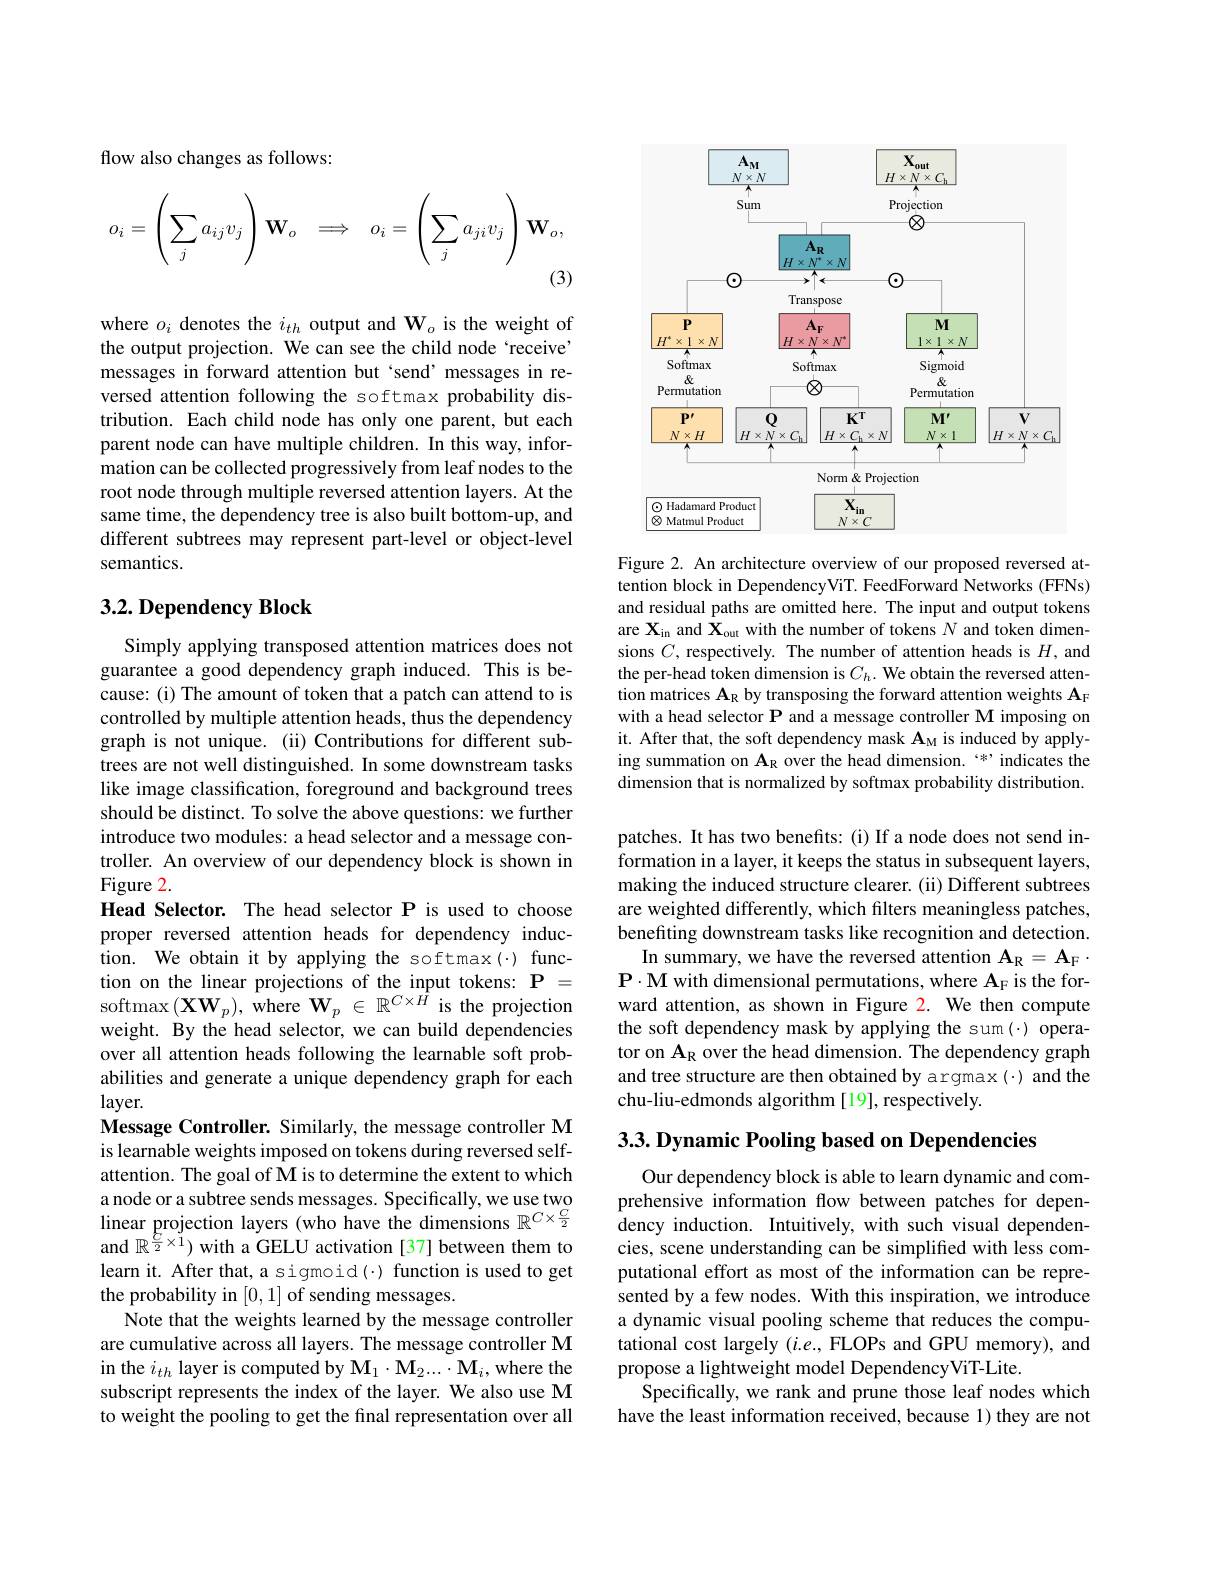
flow also changes as follows:
$$o_i=\left(\sum_ja_{ij}v_j\right)\mathbf{W}_o\quad\Longrightarrow\quad o_i=\left(\sum_ja_{ji}v_j\right)\mathbf{W}_o,$$
(3)

where $o_i$ denotes the $i_th$ output and $\mathbf{W}_o$ is the weight of the output projection. We can see the child node 'receive' messages in forward attention but `send’messages in reversed attention following the softmax probability distribution. Each child node has only one parent, but each parent node can have multiple children. In this way, information can be collected progressively from leaf nodes to the root node through multiple reversed attention layers. At the same time, the dependency tree is also built bottom-up, and different subtrees may represent part-level or object-level semantics.

## $3. 2. \textbf{Dependency Block}$

Simply applying transposed attention matrices does not guarantee a good dependency graph induced. This is because: (i) The amount of token that a patch can attend to is controlled by multiple attention heads, thus the dependency graph is not unique. (ii) Contributions for different subtrees are not well distinguished. In some downstream tasks like image classification, foreground and background trees should be distinct. To solve the above questions: we further introduce two modules: a head selector and a message controller. An overview of our dependency block is shown in Figure 2.
Head Selector. The head selector P is used to choose proper reversed attention heads for dependency induction. We obtain it by applying the softmax(·) function on the linear projections of the input tokens: $\mathbf{P}=$ softmax$(\mathbf{X}\mathbf{W}_{p})$,where $\mathbf{W}_{p}\in\mathbb{R}^{C\times\hat{H}}$ is the projection weight. By the head selector, we can build dependencies over all attention heads following the learnable soft probabilities and generate a unique dependency graph for each $layer.$
Message Controller. Similarly, the message controller M is learnable weights imposed on tokens during reversed selfattention. The goal of M is to determine the extent to which a node or a subtree sends messages. Specifically, we use two linear projection layers (who have the dimensions $\mathbb{R}^C\times\frac C2$ and $\mathbb{R}^{\frac{C}{2}\times1})$ with a GELU activation [37] between them to learn it. After that, a sigmoid(·) function is used to get the probability in [0,1] of sending messages.
Note that the weights learned by the message controller are cumulative across all layers. The message controller M in the $i_{th}$ layer is computed by $\mathbf{M}_1\cdot\mathbf{M}_2...\cdot\mathbf{M}_i$,where the subscript represents the index of the layer. We also use M to weight the pooling to get the final representation over all

<FigureHere>

Figure 2. An architecture overview of our proposed reversed attention block in DependencyViT. FeedForward Networks (FFNs) and residual paths are omitted here. The input and output tokens are $\mathbf{X}_{\mathrm{in}}$ and $\mathbf{X}_\mathrm{out}$ with the number of tokens $N$ and token dimensions $C$, respectively. The number of attention heads is $H$, and the per-head token dimension is $C_h.$ We obtain the reversed attention matrices AR by transposing the forward attention weights AF with a head selector P and a message controller M imposing on it. After that, the soft dependency mask $\mathbf{A}_{\mathrm{M}}$ is induced by applying summation on $\mathbf{A}_{\mathrm{R}}$ over the head dimension.“*”indicates the dimension that is normalized by softmax probability distribution.

patches. It has two benefits: (i) If a node does not send information in a layer, it keeps the status in subsequent layers, making the induced structure clearer. (ii) Different subtrees are weighted differently, which filters meaningless patches, benefiting downstream tasks like recognition and detection.
In summary, we have the reversed attention $\mathbf{A}_{\mathrm{R}}=\mathbf{A}_{\mathrm{F}}\cdot$ $\mathbf{P}\cdot\mathbf{M}$ with dimensional permutations, where A$_{\mathrm{F}}$ is the forward attention, as shown in Figure 2. We then compute the soft dependency mask by applying the sum(-) operator on A$_{\mathrm{R}}$ over the head dimension. The dependency graph and tree structure are then obtained by argmax(·) and the chu-liu-edmonds algorithm [19], respectively.

3.3. Dynamic Pooling based on Dependencies

Our dependency block is able to learn dynamic and comprehensive information flow between patches for dependency induction. Intuitively, with such visual dependencies, scene understanding can be simplified with less computational effort as most of the information can be represented by a few nodes. With this inspiration, we introduce a dynamic visual pooling scheme that reduces the computational cost largely $(i.e.$, FLOPs and GPU memory), and propose a lightweight model DependencyViT-Lite.
Specifically, we rank and prune those leaf nodes which have the least information received, because 1) they are not